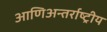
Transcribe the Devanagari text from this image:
आणिअन्तर्राष्ट्रीय